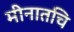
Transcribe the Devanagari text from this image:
मीनातचि